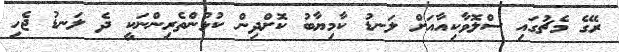
ރޭގެ މެޗުގައި ސްލޮވާކިއާއަށް ލަނޑު ކާމިޔާބު ކޮށްދިން ކުޅުންތެރިންނަކީ ދެ ލަނޑު ޖެހި